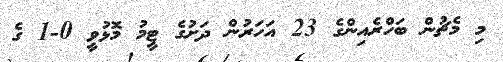
މި މެޗުން ބަހްރެއިންގެ 23 އަހަރުން ދަށުގެ ޓީމު މޮޅުވީ 0-1 ގެ